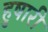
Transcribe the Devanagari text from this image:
हुषारी